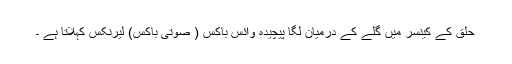
حلق کے کینسر میں گلے کے درمیان لگا پیچیدہ وائس باکس ( صوتی باکس) لیرنکس کہلاتا ہے ۔